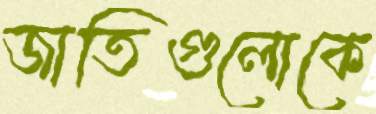
জাতিগুলোকে